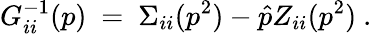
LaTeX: G_{ii}^{-1}(p)\ =\ \Sigma_{ii}(p^{2})-\hat{p}Z_{ii}(p^{2})\ .